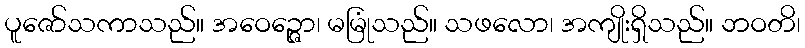
ပူဇော်သကာသည်။ အဝေဉ္ဇော၊ မမြုံသည်။ သဖလော၊ အကျိုးရှိသည်။ ဘဝတိ၊